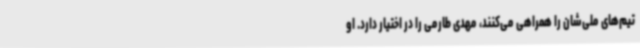
تیم‌های ملی‌شان را همراهی می‌کنند، مهدی طارمی را در اختیار دارد. او